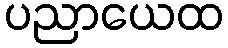
ပညာယေထ